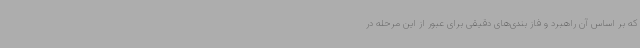
که بر اساس آن راهبرد و فاز بندی‌های دقیقی برای عبور از این مرحله در